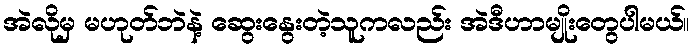
အဲလိုမှ မဟုတ်ဘဲနဲ့ ဆွေးနွေးတဲ့သူကလည်း အဲဒီဟာမျိုးတွေပါမယ်။